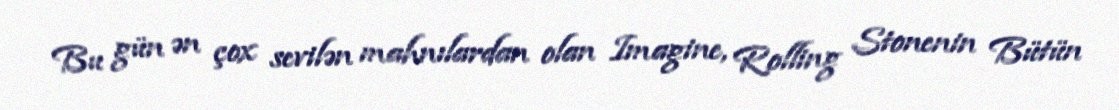
Bu gün ən çox sevilən mahnılardan olan Imagine, Rolling Stonenin Bütün